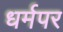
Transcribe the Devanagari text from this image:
धर्मपर